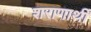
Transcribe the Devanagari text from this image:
शराणार्थी